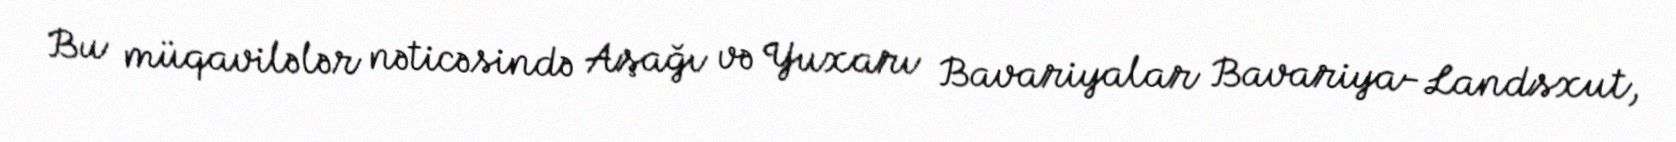
Bu müqavilələr nəticəsində Aşağı və Yuxarı Bavariyalar Bavariya-Landsxut,